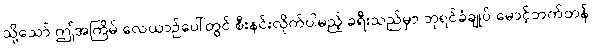
သို့သော် ဤအကြိမ် လေယာဉ်ပေါ်တွင် စီးနင်းလိုက်ပါမည့် ခရီးသည်မှာ ဘုရင်ခံချုပ် မောင့်ဘက်တန်